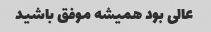
عالی بود همیشه موفق باشید